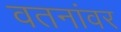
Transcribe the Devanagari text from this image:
वतनांवर